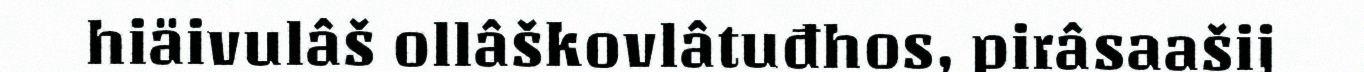
hiäivulâš ollâškovlâtuđhos, pirâsaašij